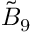
{ \tilde { B } } _ { 9 }